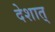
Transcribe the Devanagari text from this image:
देशात्